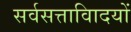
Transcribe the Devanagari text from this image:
सर्वसत्तावािदयों